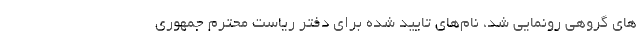
های گروهی رونمایی شد، نام‌های تایید شده برای دفتر ریاست محترم جمهوری